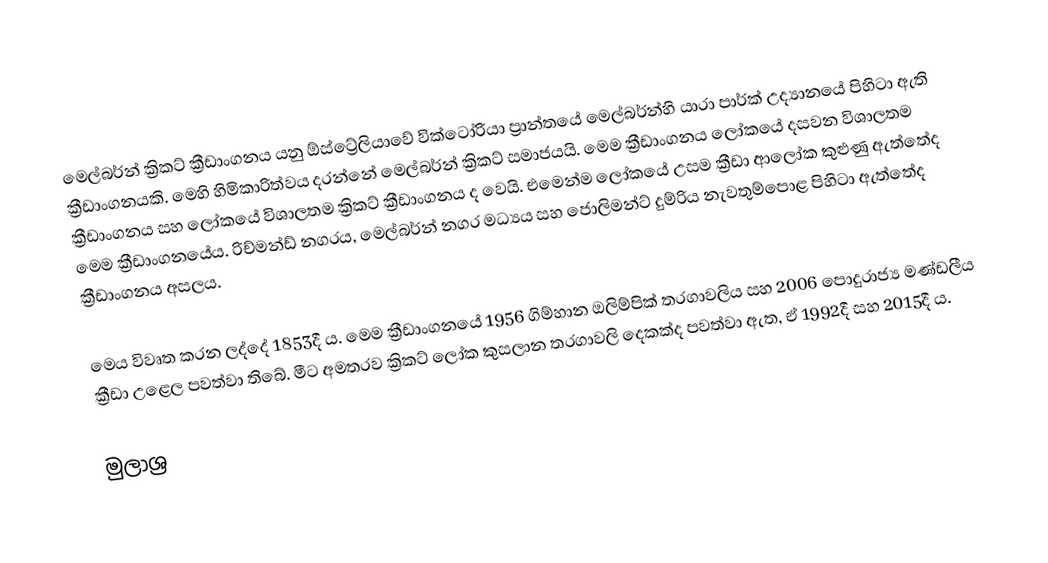
මෙල්බර්න් ක්‍රිකට් ක්‍රීඩාංගනය යනු ඕස්ට්‍රේලියාවේ වික්ටෝරියා ප්‍රාන්තයේ මෙල්බර්න්හි යාරා පාර්ක් උද්‍යානයේ පිහිටා ඇති ක්‍රීඩාංගනයකි. මෙහි හිමිකාරිත්වය දරන්නේ මෙල්බර්න් ක්‍රිකට්‌ සමාජයයි. මෙම ක්‍රීඩාංගනය ලෝකයේ දසවන විශාලතම ක්‍රීඩාංගනය සහ ලෝකයේ විශාලතම ක්‍රිකට් ක්‍රීඩාංගනය ද වෙයි. එමෙන්ම ලෝකයේ උසම ක්‍රීඩා ආලෝක කුළුණු ඇත්තේද මෙම ක්‍රීඩාංගනයේය. රිච්මන්ඩ් නගරය, මෙල්බර්න් නගර මධ්‍යය සහ ජොලිමන්ට් දුම්රිය නැවතුම්පොළ පිහිටා ඇත්තේද ක්‍රීඩාංගනය අසලය.

මෙය විවෘත කරන ලද්දේ 1853දී ය. මෙම ක්‍රීඩාංගනයේ 1956 ගිම්හාන ඔලිම්පික් තරගාවලිය සහ 2006 පොදුරාජ්‍ය මණ්ඩලීය ක්‍රීඩා උළෙල පවත්වා තිබේ. මීට අමතරව ක්‍රිකට් ලෝක කුසලාන තරගාවලි දෙකක්ද පවත්වා ඇත, ඒ 1992දී සහ 2015දී ය.

මුලාශ්‍ර